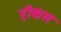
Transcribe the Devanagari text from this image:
हीकंस